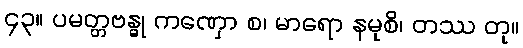
၄၃။ ပမတ္တဗန္ဓု ကဏှော စ၊ မာရော နမုစိ၊ တဿ တု။